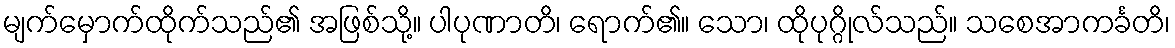
မျက်မှောက်ထိုက်သည်၏ အဖြစ်သို့။ ပါပုဏာတိ၊ ရောက်၏။ သော၊ ထိုပုဂ္ဂိုလ်သည်။ သစေအာကင်္ခတိ၊